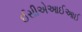
ઈસીએઆઈઆઈ